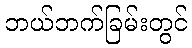
ဘယ်ဘက်ခြမ်းတွင်